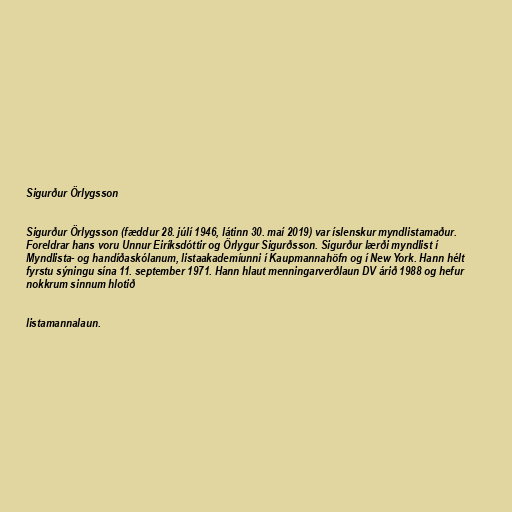
Sigurður Örlygsson

Sigurður Örlygsson (fæddur 28. júlí 1946, látinn 30. maí 2019) var íslenskur myndlistamaður.
Foreldrar hans voru Unnur Eiríksdóttir og Örlygur Sigurðsson. Sigurður lærði myndlist í
Myndlista- og handíðaskólanum, listaakademíunni í Kaupmannahöfn og í New York. Hann hélt
fyrstu sýningu sína 11. september 1971. Hann hlaut menningarverðlaun DV árið 1988 og hefur
nokkrum sinnum hlotið

listamannalaun.